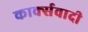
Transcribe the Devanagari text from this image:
कार्क्सवादी